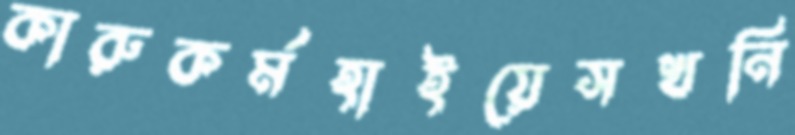
কারুকর্মহাইয়েসখনি